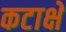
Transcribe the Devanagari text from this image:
कटाक्षे